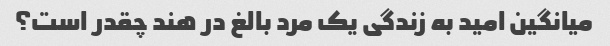
میانگین امید به زندگی یک مرد بالغ در هند چقدر است؟